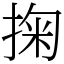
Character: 掬